Bréfritari: Sigríður Pálsdóttir
Viðtakandi: Páll Pálsson
Dagsetning: A-1847-01-18
Skrifað á: Hraungerði  Árn.
Páll var bróðir Sigríðar

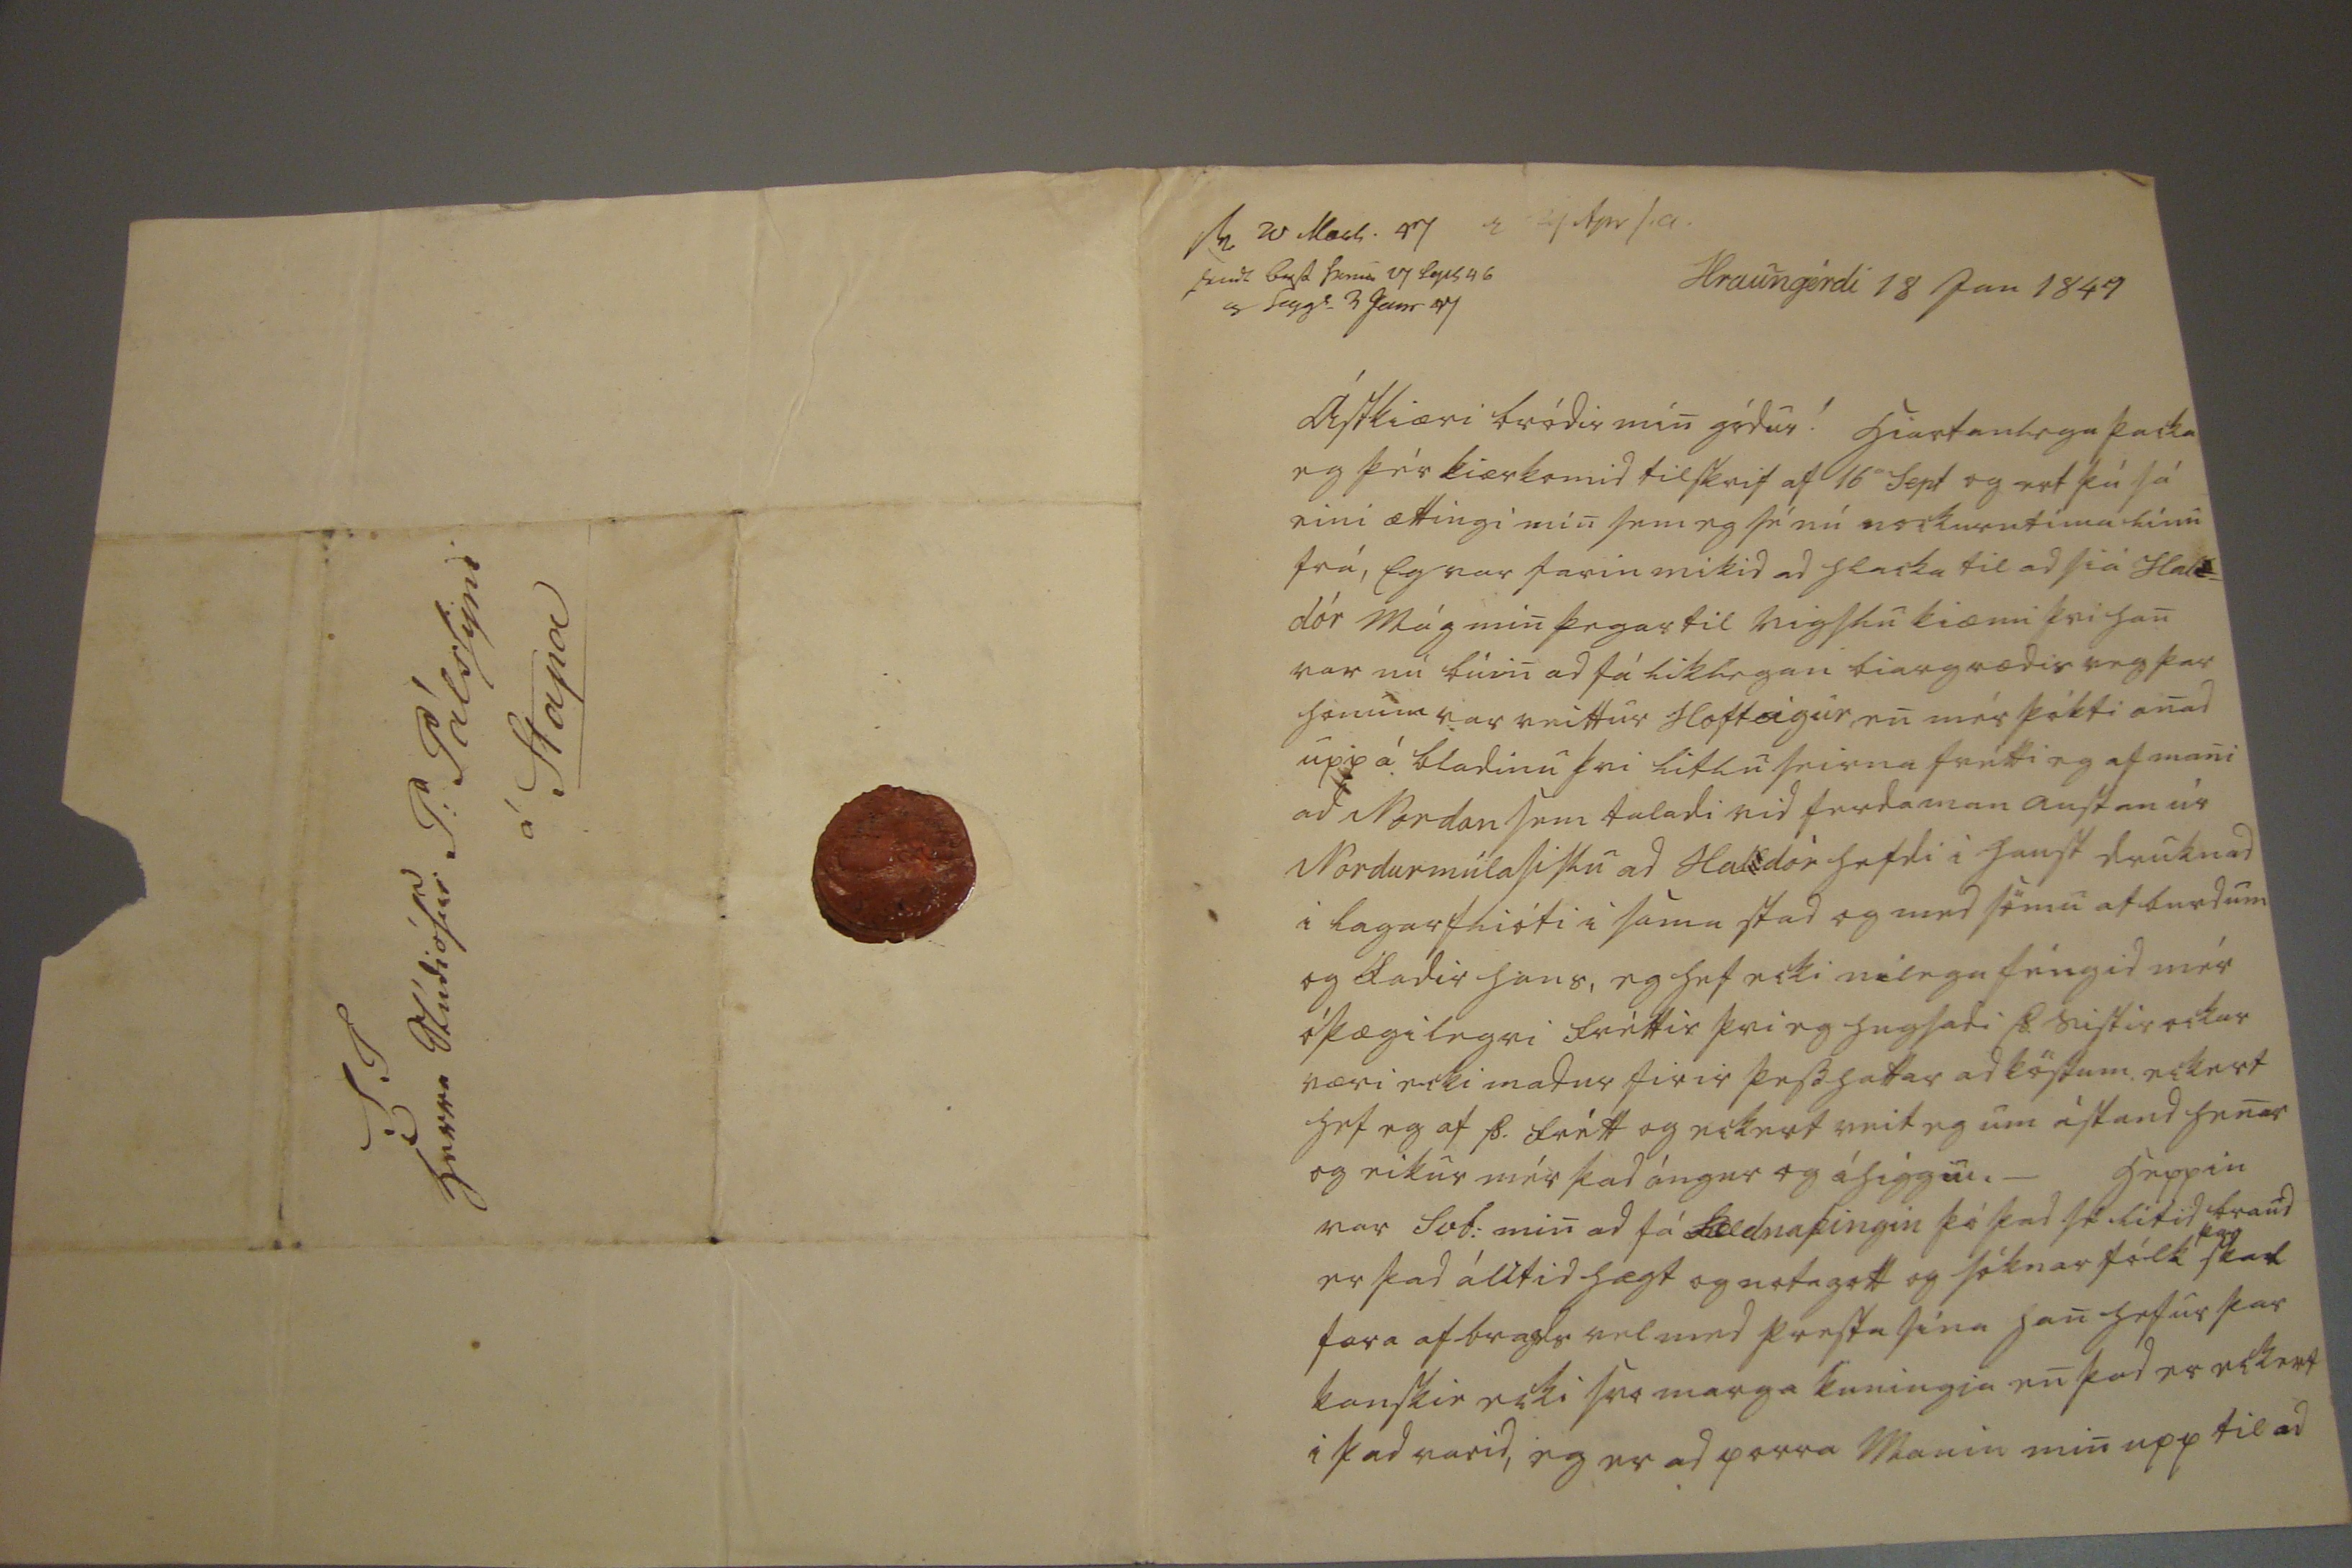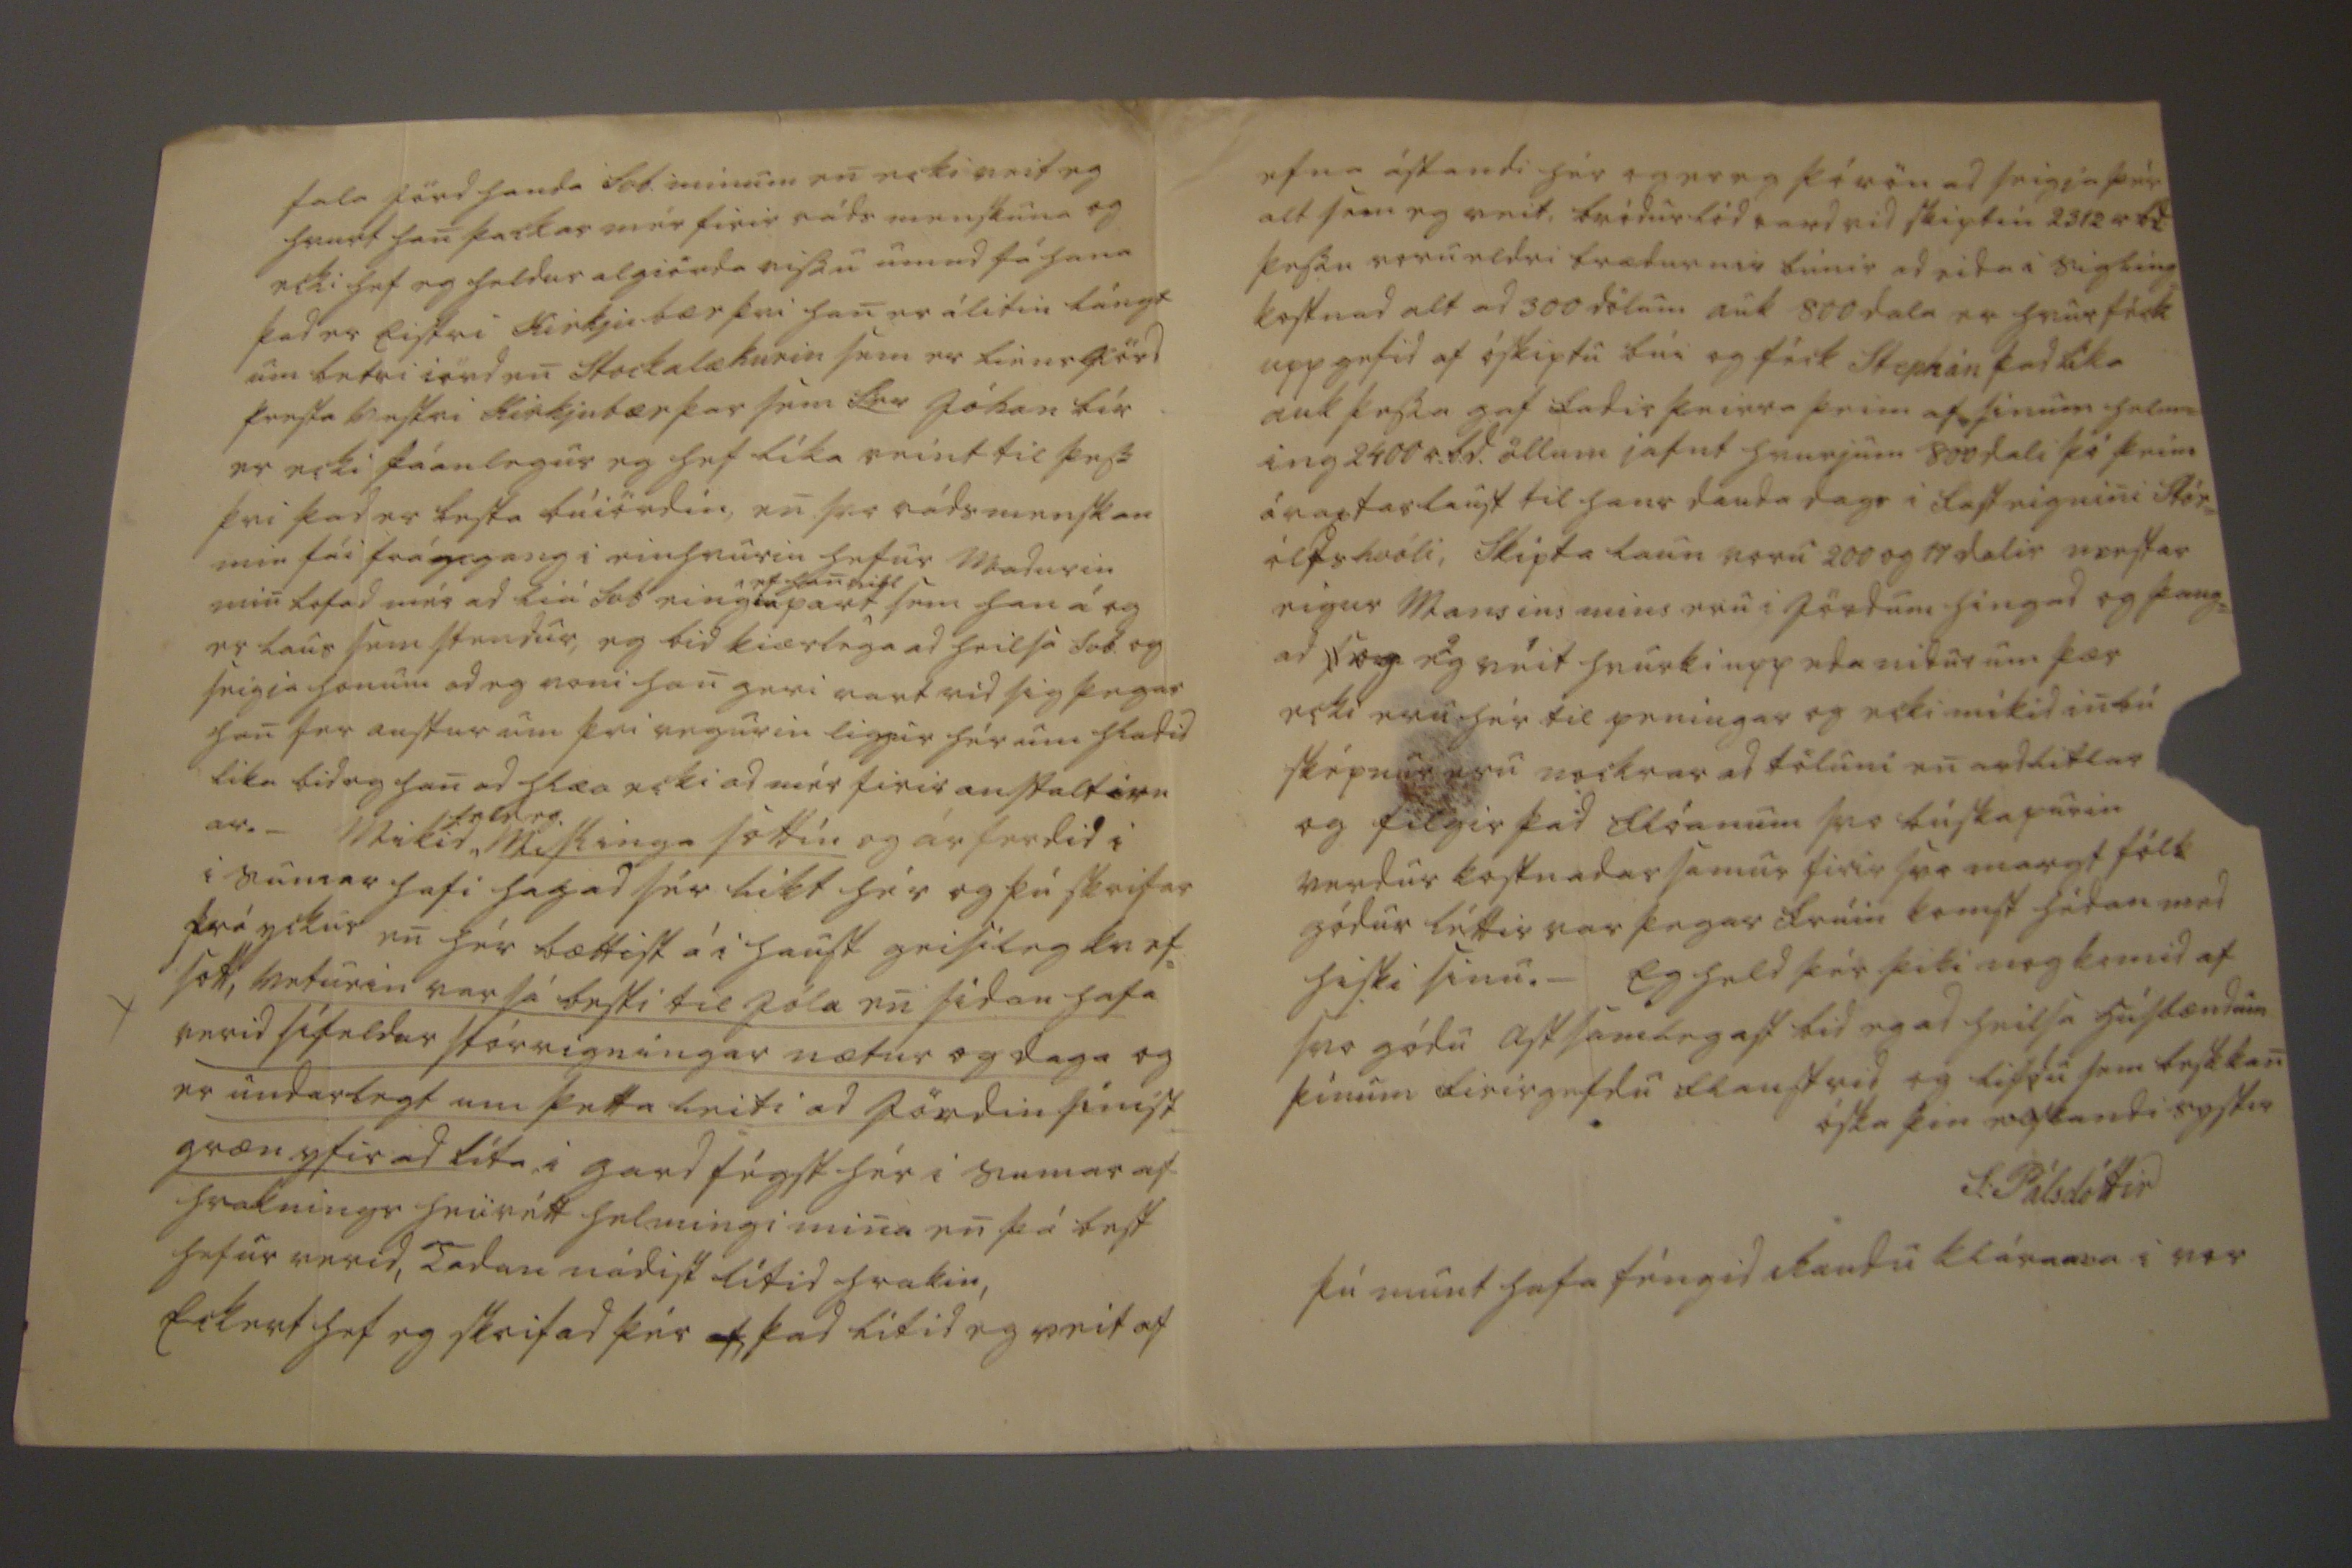

sv 20
M000 47 i 24 f00 s.a. send0 b0sd heni 17 le0s 46 og seyg0 3 Janr 47
Hraungérdi 18 Jan 1847
Ástkiæri bródir min gódur! hiartanlega þacka eg þér kiærkomid tilskrif af 16
a
Sept og ert þú sá eini ættingi min sem eg sé nú nockurntíma línu frá, Eg var farin mikid ad hlacka til ad siá Hal
l
= dór Mág min þegar til vigslu kiæmi þvi han var nú búin ad fá liklegan biargrædis veg þar honum var veittur Hofteigur, en mér þókti anad upp á bladinu þvi litlu seirna frétti eg af mani ad Nordan sem taladi vid ferdaman austan úr Nordurmúlasislu ad Haldór hefdi i haust druknad i lagarflióti i sama stad og med sömu afburdum og fadir hans, eg hef ecki nilega féngid mér óþægilegri fréttir þvi eg hugsadi Þ. sistir ockar væri ecki madur firir þesshattar ad köstum, eckert hef eg af Þ. frétt og eckert veit eg um ástand henar og eikur mér þad ángur og áhiggiu,_ heppin var Svb: min ad fá
Fel
dnaþingin þó þad sé lítid braud er þad álitid hægt og notagott og sóknarfólk
þar
skal
fara af bragds vel med presta sína han hefur þar kanskie ecki svo marga kuningia en þad er eckert iþad varid, eg er ad parra Manin min upp til ad
tala jörd handa Svb. minum en ecki veit eg hvurt han þackar mér firir ráds menskuna og ecki hef eg heldur algiörda vissu um ad fá hana þad er Eistri Kirkju bær þvi han er álitin lángt um betri iörd en Stockalækurin sem er lánsjörd presta vestri Kirkjubær þar sem Ser Jóhan bír er ecki fáanlegur eg hef líka reint til þess þvi þad er besta búiördin, en svo rádmenskan min fái frá
ge
gang i einhvuriu hefur Madurin min lofad mér ad liá Svb eingin part^
ef han
vill
sem han á og er laus sem stendur, eg bid kiærlega ad heilsa Svb. og seigia honum ad eg voni han geri vart vid sig þegar han fer austur um þvi vegurin liggur hér um hladid lika bid eg han ad hlæa ecki ad mér firir austaltiern ar._ Mikid
held eg
Mislinga sóttin og ár ferdid i i sumar hafi hagad sér likt hér og þú skrifar frá yckur en hér bættist á i haust geisileg kvef= sott, veturin var sá besti til Jóla en sídan hafa verid sífeldar stórrigningar nætur og daga og er undarlegt um þetta leiti ad Jördin sínist græn yfir ad líta i gard fégst hér i sumar af hraknings heii rétt helmingi mina en þá best hefur verid, Tadan nádist lítid hrakin, Eckert heg eg skrifad þér
ef
, þad lítid eg veit af
efna ástandi hér og er eg þó vön ad seigja þér alt sem eg veit, bródurlód vard vid skiptin 2312
r. bd
þessu voru eldri brædurnir búnir ad eida i sigling= kostnad alt ad 300 dölum auk 800 dala er hvur féck upp gefid af óskiptu búi og féck Stephán þad líka auk þessa gaf fadir þeirra þeim af sinum helm= ing 2400 r.bd. öllum iafnt hvurjum 800 dali þó þeim ávaxtarlaust til hans dauda dags i fasteignini Stór= ólfshvóli, Skipta laun voru 200 og 17 dalir verstar eigur Mansins mins eru i Jördum hingad og þang= ad
sog
Eg veit hvurki upp eda nidur um þær ecki eru hér til peningar og ecki mikid inbú sképnur eru nockrar ad töluni en ordlitlar og filgir þad flóanum svo búskapurin verdur kostnadar samur firir svo margt fólk gódur léttir var þegar frúin komst hédan med hiski sinu._ Eg held þér þiki nog komid af svo gódu assamlegast bid eg ad heilsa húsbændum þínum firirgefdu flanstrid og lifdu sem best kan óska þin elskandi systir
S: Pálsdóttir
þú munt hafa féngid Raudu kláranna i vor
S.T herra Stúdiósus P: Pálssyni á Stapa